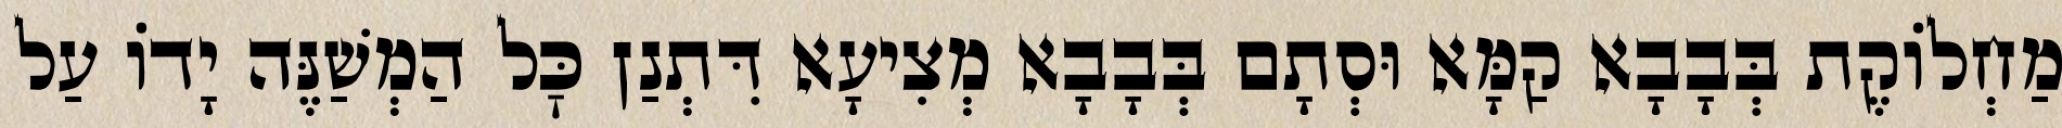
מַחְלוֹקֶת בְּבָבָא קַמָּא וּסְתָם בְּבָבָא מְצִיעָא דִּתְנַן כׇּל הַמְשַׁנֶּה יָדוֹ עַל